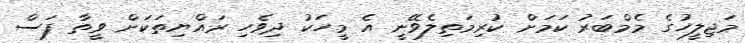
މަޖިލީހުގެ މެމްބަރު ކަމަށް ކުރިމަތިލެވޭނީ އެ މީހަކު ދިވެހި ރައްޔިތަކަށް ވީތާ ފަސް